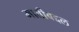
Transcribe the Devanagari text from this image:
मातीबद्दल